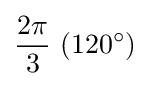
{2\pi  \over 3}\ (120^{\circ })